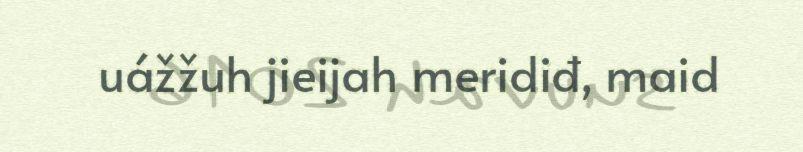
uážžuh jieijah meridiđ, maid